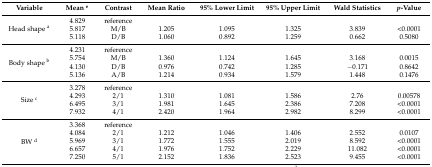
<table><thead><tr><td><b>Variable</b></td><td><b>Mean <sup>e</sup></b></td><td><b>Contrast</b></td><td><b>Mean Ratio</b></td><td><b>95% Lower Limit</b></td><td><b>95% Upper Limit</b></td><td><b>Wald Statistics</b></td><td><b><i>p</i>-Value</b></td></tr></thead><tbody><tr><td rowspan="3">Head shape <sup>a</sup></td><td>4.829</td><td>reference</td><td></td><td></td><td></td><td></td><td></td></tr><tr><td>5.817</td><td>M/B</td><td>1.205 </td><td>1.095 </td><td>1.325 </td><td>3.839 </td><td>&lt;0.0001 </td></tr><tr><td>5.118 </td><td>D/B</td><td>1.060 </td><td>0.892 </td><td>1.259 </td><td>0.662 </td><td>0.5080</td></tr><tr><td rowspan="4">Body shape <sup>b</sup></td><td>4.231</td><td>reference</td><td></td><td></td><td></td><td></td><td></td></tr><tr><td>5.754 </td><td>M/B</td><td>1.360 </td><td>1.124 </td><td>1.645 </td><td>3.168 </td><td>0.0015</td></tr><tr><td>4.130 </td><td>D/B </td><td>0.976 </td><td>0.742 </td><td>1.285 </td><td>−0.171 </td><td>0.8642</td></tr><tr><td>5.136 </td><td>A/B</td><td>1.214 </td><td>0.934 </td><td>1.579 </td><td>1.448 </td><td>0.1476</td></tr><tr><td rowspan="4">Size <sup>c</sup></td><td>3.278</td><td>reference</td><td></td><td></td><td></td><td></td><td></td></tr><tr><td>4.293</td><td>2/1</td><td>1.310 </td><td>1.081 </td><td>1.586 </td><td>2.76 </td><td>0.00578</td></tr><tr><td>6.495</td><td>3/1 </td><td>1.981 </td><td>1.645 </td><td>2.386</td><td>7.208 </td><td>&lt;0.0001 </td></tr><tr><td>7.932</td><td>4/1</td><td>2.420 </td><td>1.964 </td><td>2.982 </td><td>8.299 </td><td>&lt;0.0001 </td></tr><tr><td rowspan="5">BW <sup>d</sup></td><td>3.368</td><td>reference</td><td></td><td></td><td></td><td></td><td></td></tr><tr><td>4.084</td><td>2/1</td><td>1.212 </td><td>1.046 </td><td>1.406 </td><td>2.552 </td><td>0.0107</td></tr><tr><td>5.969 </td><td>3/1 </td><td>1.772 </td><td>1.555 </td><td>2.019 </td><td>8.592 </td><td>&lt;0.0001 </td></tr><tr><td>6.657 </td><td>4/1</td><td>1.976 </td><td>1.752 </td><td>2.229 </td><td>11.082 </td><td>&lt;0.0001 </td></tr><tr><td>7.250 </td><td>5/1</td><td>2.152 </td><td>1.836 </td><td>2.523 </td><td>9.455 </td><td>&lt;0.0001 </td></tr></tbody></table>